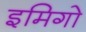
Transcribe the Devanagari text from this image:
इमिगो